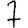
Digit: 7